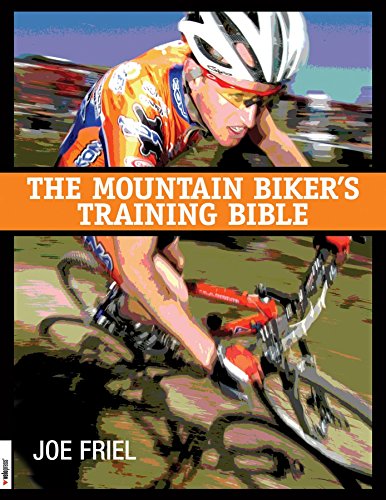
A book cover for The Mountain Biker's Training Bible; Joe Friel; Sports & Outdoors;